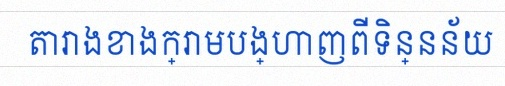
តារាងខាងក្រោមបង្ហាញពីទិន្នន័យ